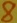
Text: 8